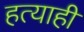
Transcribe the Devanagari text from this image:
हत्याही